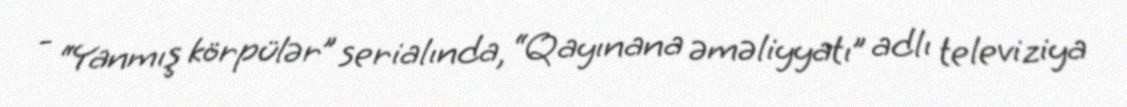
- “Yanmış körpülər” serialında, “Qayınana əməliyyatı” adlı televiziya